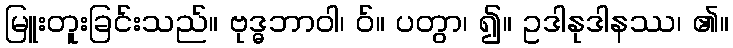
မြူးတူးခြင်းသည်။ ဗုဒ္ဓဘာဝါ၊ ဝ်။ ပတွာ၊ ၍။ ဥဒါနုဒါနဿ၊ ၏။